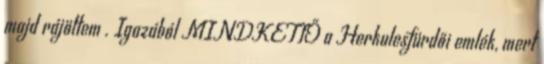
majd rájöttem . Igazából MINDKETTŐ a Herkulesfürdői emlék, mert